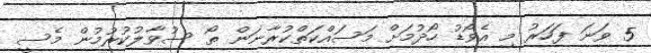
5 ވަނަ ފަހަރު މި އެވޯޑު ހޯދުމަށް މަސައްކަތްކުރާނަން ތޯ ސުވާލުކުރުމުން މެސީ